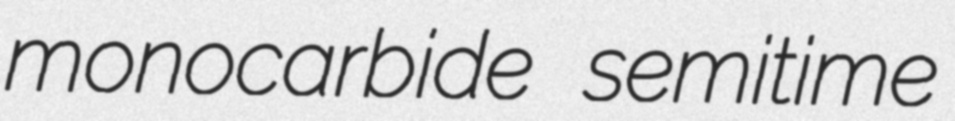
monocarbide semitime